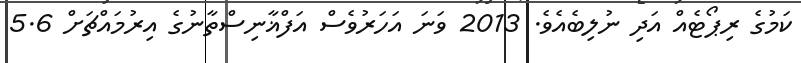
ކަމުގެ ރިޕޯޓެއް އަދި ނުލިބެއެވެ. 2013 ވަނަ އަހަރުވެސް އަފްޣާނިސްތާނުގެ އިރުމައްޗަށް 5.6